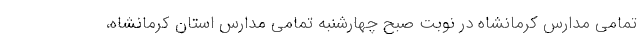
تمامی مدارس کرمانشاه در نوبت صبح چهارشنبه تمامی مدارس استان کرمانشاه،